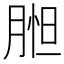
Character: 𦝇